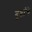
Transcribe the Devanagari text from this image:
दुष्टांचे